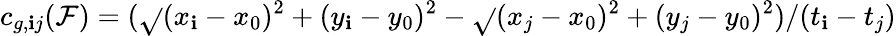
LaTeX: c_{g,\mathbf{i}j}(\mathcal{F})=(\sqrt{}{{(x_{\mathbf{i}}-x_{0})^{2}+(y_{\mathbf{i}}-y_{0})^{2}}}-\sqrt{}{{(x_{j}-x_{0})^{2}+(y_{j}-y_{0})^{2}}})/(t_{\mathbf{i}}-t_{j})